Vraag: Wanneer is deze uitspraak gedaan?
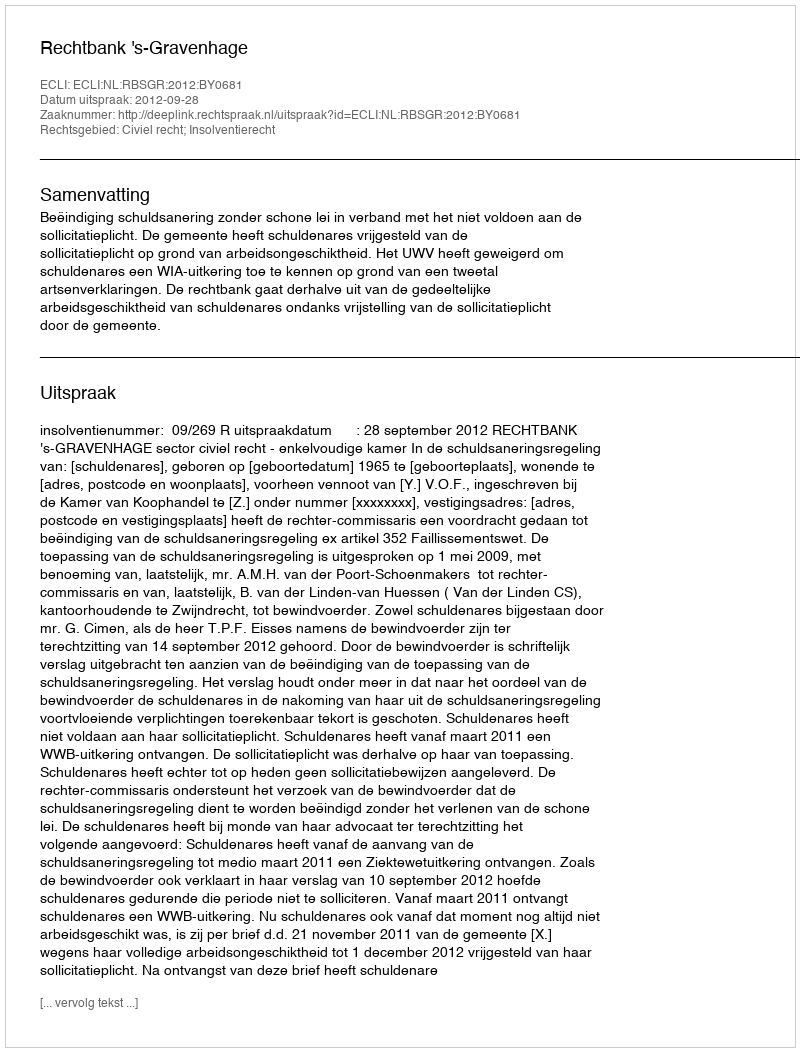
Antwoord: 2012-09-28